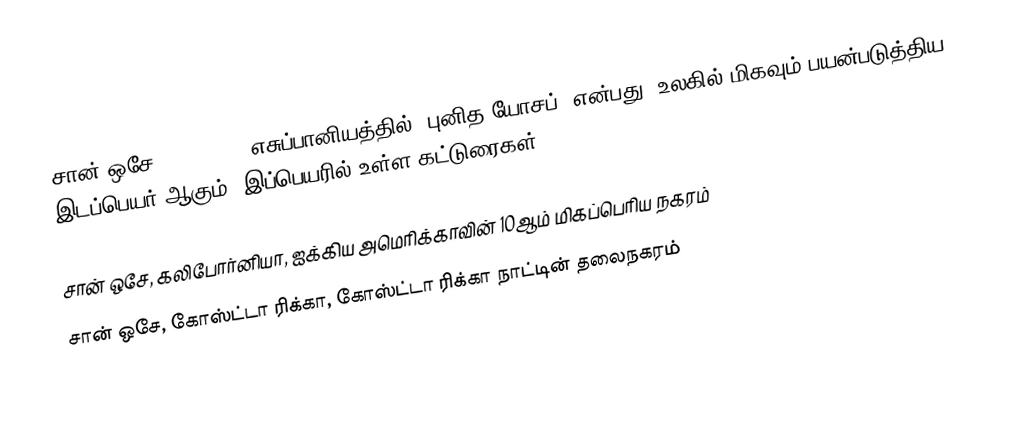
சான் ஒசே (San Jose) எசுப்பானியத்தில் "புனித யோசப்" என்பது. உலகில் மிகவும் பயன்படுத்திய இடப்பெயர் ஆகும். இப்பெயரில் உள்ள கட்டுரைகள்:

 சான் ஒசே, கலிபோர்னியா, ஐக்கிய அமெரிக்காவின் 10ஆம் மிகப்பெரிய நகரம்
 சான் ஒசே, கோஸ்ட்டா ரிக்கா, கோஸ்ட்டா ரிக்கா நாட்டின் தலைநகரம்